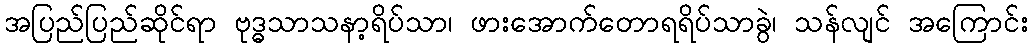
အပြည်ပြည်ဆိုင်ရာ ဗုဒ္ဓသာသနာ့ရိပ်သာ၊ ဖားအောက်တောရရိပ်သာခွဲ၊ သန်လျင် အကြောင်း